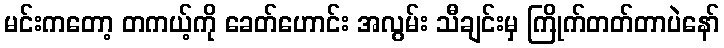
မင်းကတော့ တကယ့်ကို ခေတ်ဟောင်း အလွမ်း သီချင်းမှ ကြိုက်တတ်တာပဲနော်